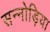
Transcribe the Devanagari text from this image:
सन्नोड़िया